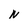
Character: N